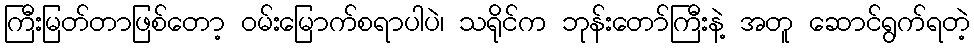
ကြီးမြတ်တာဖြစ်တော့ ဝမ်းမြောက်စရာပါပဲ၊ သရိုင်က ဘုန်းတော်ကြီးနဲ့ အတူ ဆောင်ရွက်ရတဲ့